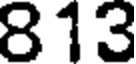
813